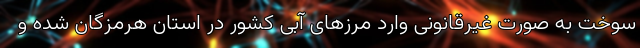
سوخت به صورت غیرقانونی وارد مرزهای آبی کشور در استان هرمزگان شده و